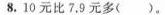
8.10元比7.9元多( )。